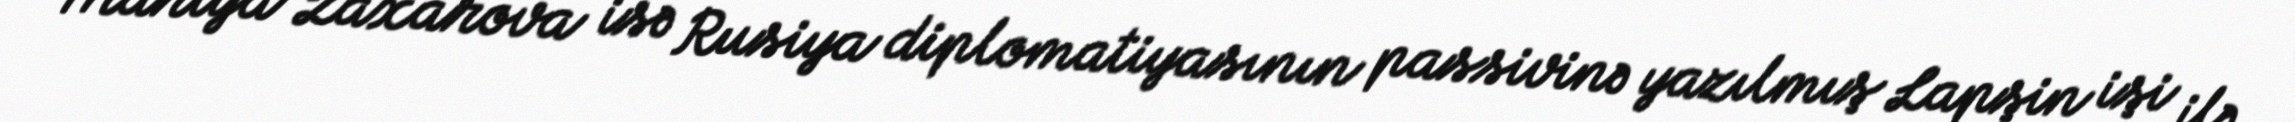
Mariya Zaxarova isə Rusiya diplomatiyasının passivinə yazılmış Lapşin işi ilə